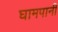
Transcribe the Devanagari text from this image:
घामपानी